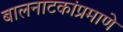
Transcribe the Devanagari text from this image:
बालनाटकांप्रमाणे